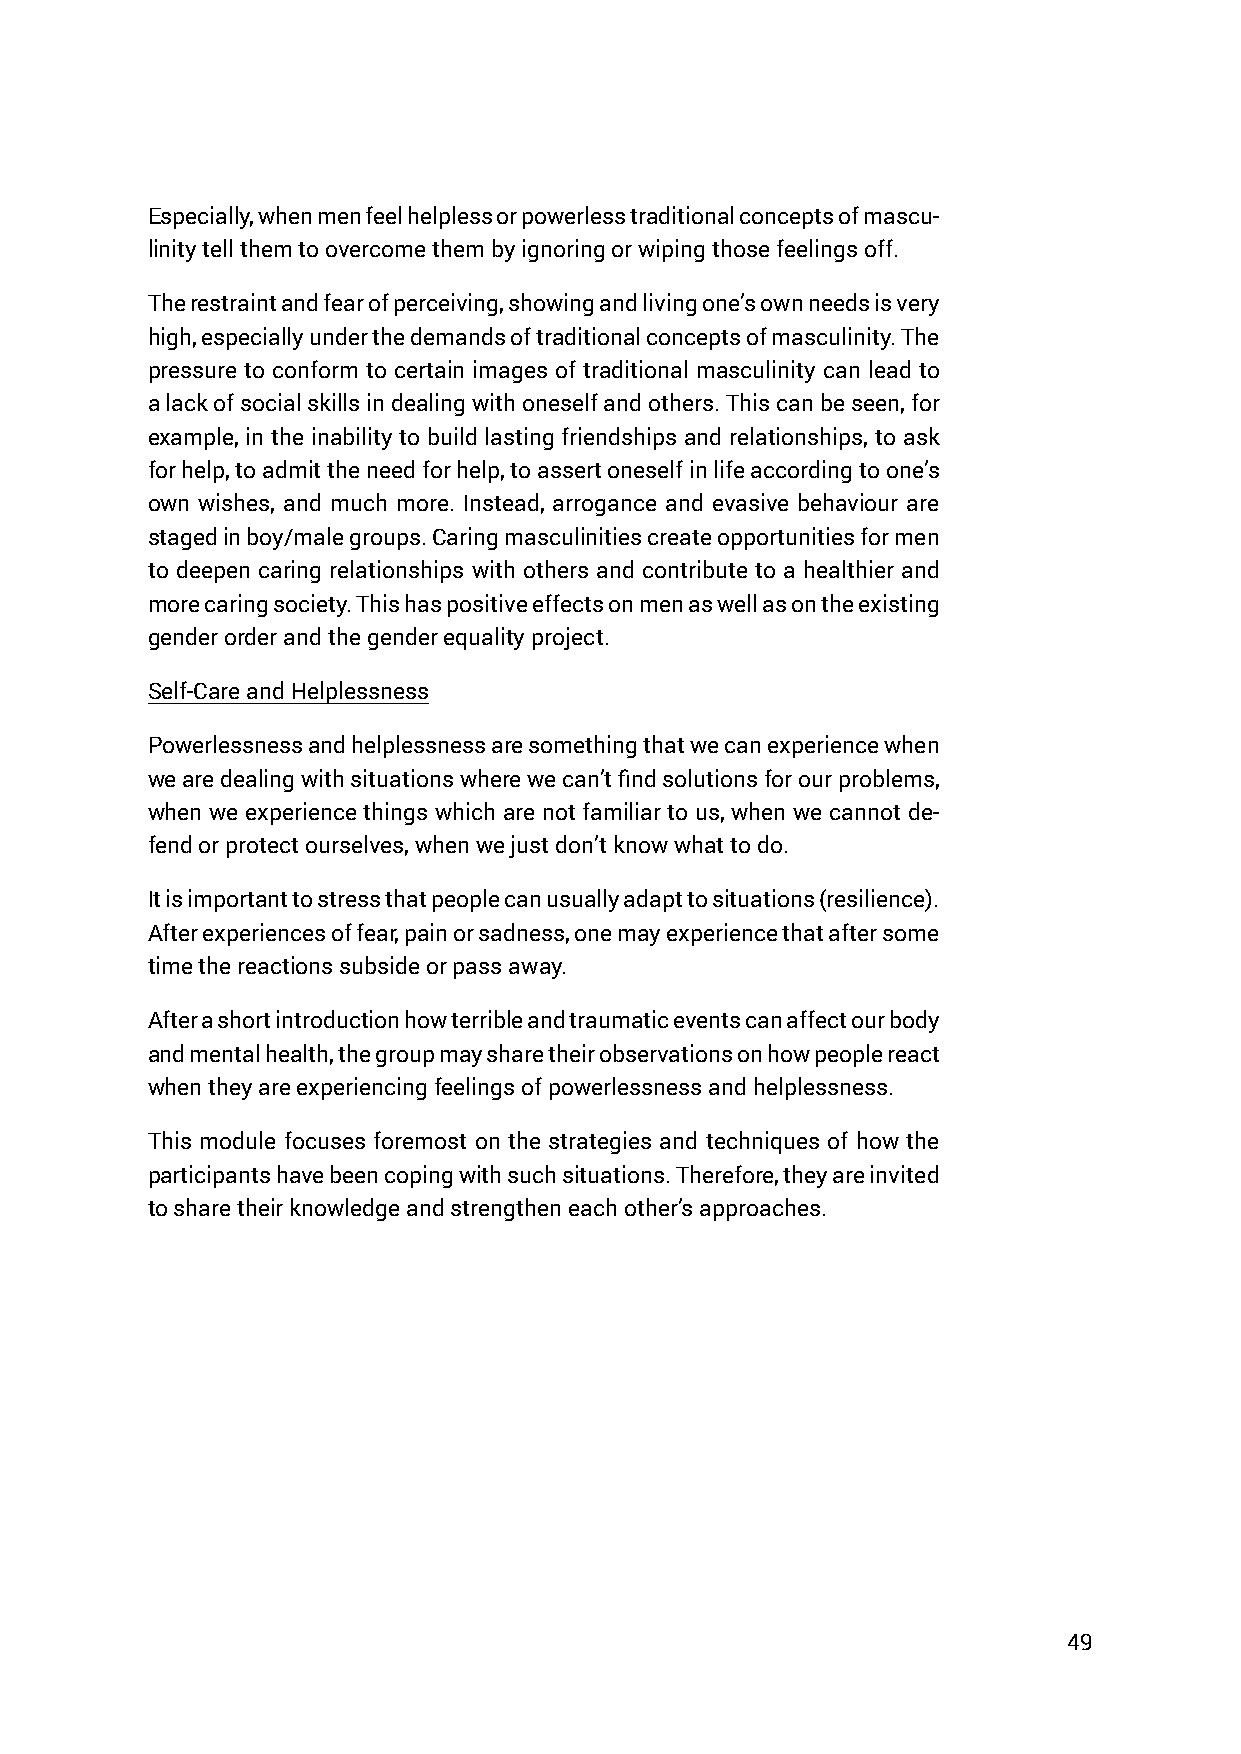
Especially, when men feel helpless or powerless traditional concepts of mascu-
 linity tell them to overcome them by ignoring or wiping those feelings off.
 The restraint and fear of perceiving, showing and living one’s own needs is very
 high, especially under the demands of traditional concepts of masculinity. The
 pressure to conform to certain images of traditional masculinity can lead to
 a lack of social skills in dealing with oneself and others. This can be seen, for
 example, in the inability to build lasting friendships and relationships, to ask
 for help, to admit the need for help, to assert oneself in life according to one’s
 own wishes, and much more. Instead, arrogance and evasive behaviour are
 staged in boy/male groups. Caring masculinities create opportunities for men
 to deepen caring relationships with others and contribute to a healthier and
 more caring society. This has positive effects on men as well as on the existing
 gender order and the gender equality project.
 Self-Care and Helplessness
 Powerlessness and helplessness are something that we can experience when
 we are dealing with situations where we can’t find solutions for our problems,
 when we experience things which are not familiar to us, when we cannot de-
 fend or protect ourselves, when we just don’t know what to do.
 It is important to stress that people can usually adapt to situations (resilience).
 After experiences of fear, pain or sadness, one may experience that after some
 time the reactions subside or pass away.
 After a short introduction how terrible and traumatic events can affect our body
 and mental health, the group may share their observations on how people react
 when they are experiencing feelings of powerlessness and helplessness.
 This module focuses foremost on the strategies and techniques of how the
 participants have been coping with such situations. Therefore, they are invited
 to share their knowledge and strengthen each other’s approaches.
 49